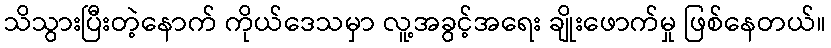
သိသွားပြီးတဲ့နောက် ကိုယ်ဒေသမှာ လူ့အခွင့်အရေး ချိုးဖောက်မှု ဖြစ်နေတယ်။